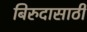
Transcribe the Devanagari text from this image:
बिरुदासाठी